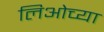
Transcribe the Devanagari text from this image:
लिओच्या